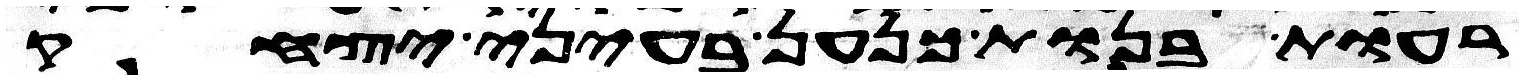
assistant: רעות בנות כנען בעיני יצחק